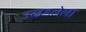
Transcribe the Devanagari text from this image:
उखडलेला